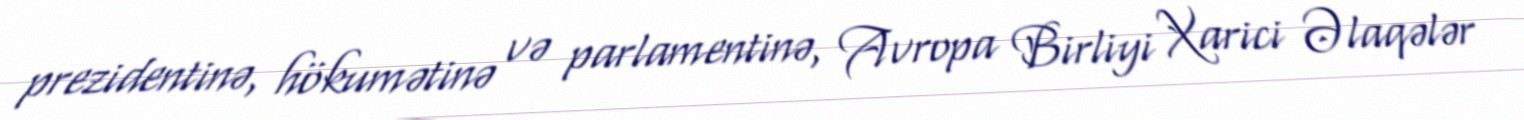
prezidentinə, hökumətinə və parlamentinə, Avropa Birliyi Xarici Əlaqələr